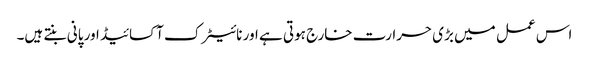
اس عمل میں بڑی حرارت خارج ہوتی ہے اور نائیٹرک آکسائیڈ اور پانی بنتے ہیں۔